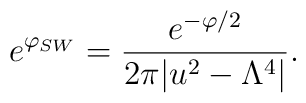
e^{\varphi_{SW}}= {e^{-\varphi/2}\over 2\pi|u^2-\Lambda^4|}.